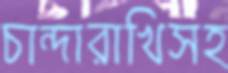
চান্দারাখিসহ